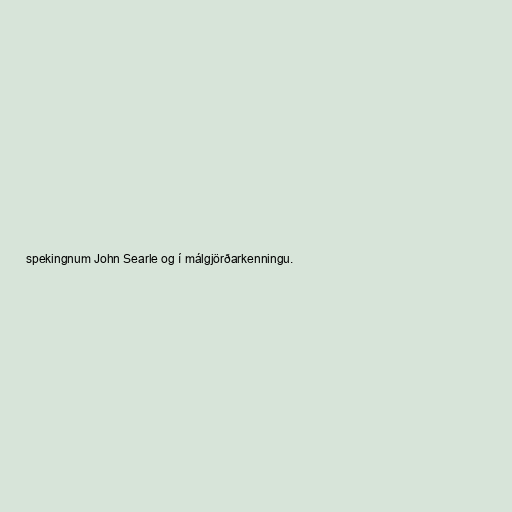
spekingnum John Searle og í málgjörðarkenningu.